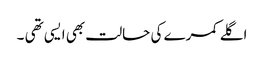
اگلے کمرے کی حالت بھی ایسی تھی ۔